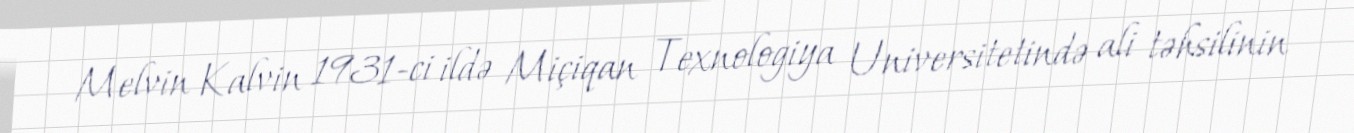
Melvin Kalvin 1931-ci ildə Miçiqan Texnologiya Universitetində ali təhsilinin